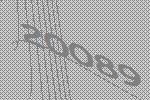
20089